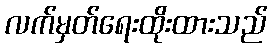
လက်မှတ်ရေးထိုးထားသည်